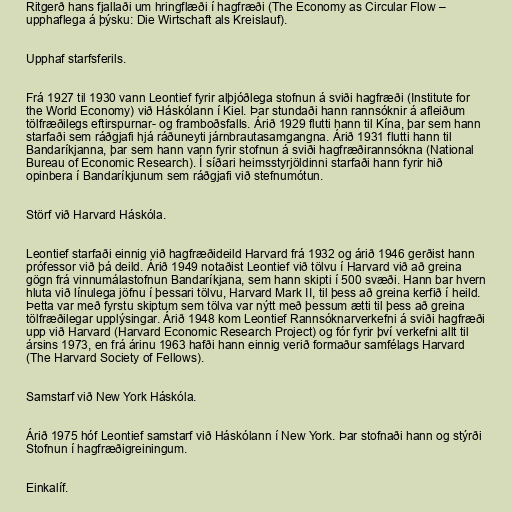
Ritgerð hans fjallaði um hringflæði í hagfræði (The Economy as Circular Flow –
upphaflega á þýsku: Die Wirtschaft als Kreislauf).

Upphaf starfsferils.

Frá 1927 til 1930 vann Leontief fyrir alþjóðlega stofnun á sviði hagfræði (Institute for
the World Economy) við Háskólann í Kiel. Þar stundaði hann rannsóknir á afleiðum
tölfræðilegs eftirspurnar- og framboðsfalls. Árið 1929 flutti hann til Kína, þar sem hann
starfaði sem ráðgjafi hjá ráðuneyti járnbrautasamgangna. Árið 1931 flutti hann til
Bandaríkjanna, þar sem hann vann fyrir stofnun á sviði hagfræðirannsókna (National
Bureau of Economic Research). Í síðari heimsstyrjöldinni starfaði hann fyrir hið
opinbera í Bandaríkjunum sem ráðgjafi við stefnumótun.

Störf við Harvard Háskóla.

Leontief starfaði einnig við hagfræðideild Harvard frá 1932 og árið 1946 gerðist hann
prófessor við þá deild. Árið 1949 notaðist Leontief við tölvu í Harvard við að greina
gögn frá vinnumálastofnun Bandaríkjana, sem hann skipti í 500 svæði. Hann bar hvern
hluta við línulega jöfnu í þessari tölvu, Harvard Mark II, til þess að greina kerfið í heild.
Þetta var með fyrstu skiptum sem tölva var nýtt með þessum ætti til þess að greina
tölfræðilegar upplýsingar. Árið 1948 kom Leontief Rannsóknarverkefni á sviði hagfræði
upp við Harvard (Harvard Economic Research Project) og fór fyrir því verkefni allt til
ársins 1973, en frá árinu 1963 hafði hann einnig verið formaður samfélags Harvard
(The Harvard Society of Fellows).

Samstarf við New York Háskóla.

Árið 1975 hóf Leontief samstarf við Háskólann í New York. Þar stofnaði hann og stýrði
Stofnun í hagfræðigreiningum.

Einkalíf.